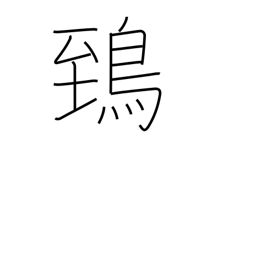
Meaning: horned owl